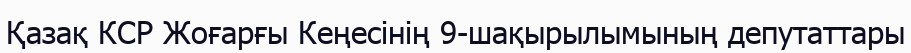
Қазақ КСР Жоғарғы Кеңесінің 9-шақырылымының депутаттары